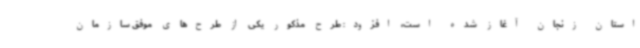
استان زنجان آغاز شده است، افزود: طرح مذکور یکی از طرح‌های موفق سازمان